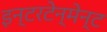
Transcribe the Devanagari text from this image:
इन्टरटेन्मेन्ट